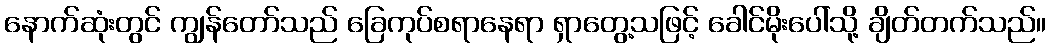
နောက်ဆုံးတွင် ကျွန်တော်သည် ခြေကုပ်စရာနေရာ ရှာတွေ့သဖြင့် ခေါင်မိုးပေါ်သို့ ချိတ်တက်သည်။